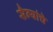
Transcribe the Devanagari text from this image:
सैन्यांचे